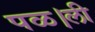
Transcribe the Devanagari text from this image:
पळ।ली